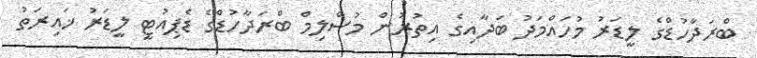
ބްރަދާހުޑްގެ ލީޑަރު މުހައްމަދު ބަދާއިގެ އިތުރުން މުސްލިމް ބްރަދާހުޑްގެ ޑެޕިއުޓީ ލީޑަރު ޚައިރަތު